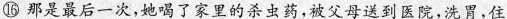
⑯ 那是最后一次，她喝了家里的杀虫药，被父母送到医院，洗胃，住